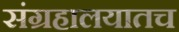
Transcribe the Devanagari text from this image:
संग्रहालयातच